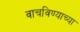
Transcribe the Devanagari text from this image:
वाचविण्याच्या